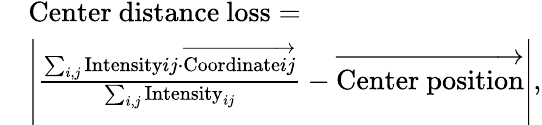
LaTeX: \begin{array}{rl}&{\mathrm{Center~distance~loss}=}\\ &{\left|\frac{\sum_{i,j}\mathrm{Intensity}{ij}\cdot\overrightarrow{\mathrm{Coordinate}{ij}}}{\sum_{i,j}\mathrm{Intensity}_{ij}}-\overrightarrow{\mathrm{Center~position}}\right|,}\end{array}